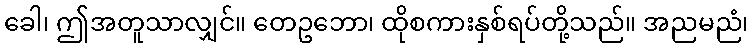
ခေါ၊ ဤအတူသာလျှင်။ တေဥဘော၊ ထိုစကားနှစ်ရပ်တို့သည်။ အညမညံ၊